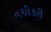
નથીકરી